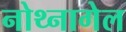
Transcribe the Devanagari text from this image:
नोथ्नागेल